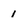
Character: 1